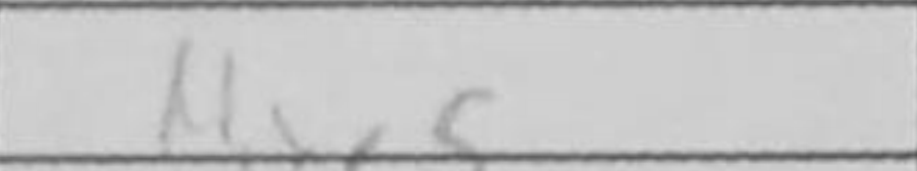
Transcription: Nxc5